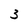
Character: 3